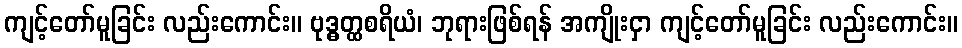
ကျင့်တော်မူခြင်း လည်းကောင်း။ ဗုဒ္ဓတ္ထစရိယံ၊ ဘုရားဖြစ်ရန် အကျိုးငှာ ကျင့်တော်မူခြင်း လည်းကောင်း။